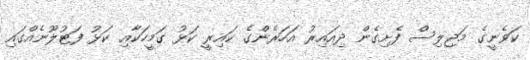
ކަވެނީގެ މަޖިލިސް ފެށިގެން ދިއައިރު އަހަރެންގެ ކައިރީ ކަޅު ގަމީހަކާއި ކަޅު ފަޓުލޫނެއްގައި